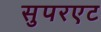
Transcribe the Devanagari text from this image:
सुपरएट